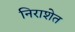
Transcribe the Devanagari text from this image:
निराशेत